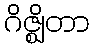
ဂိဇ္ဈိတာ